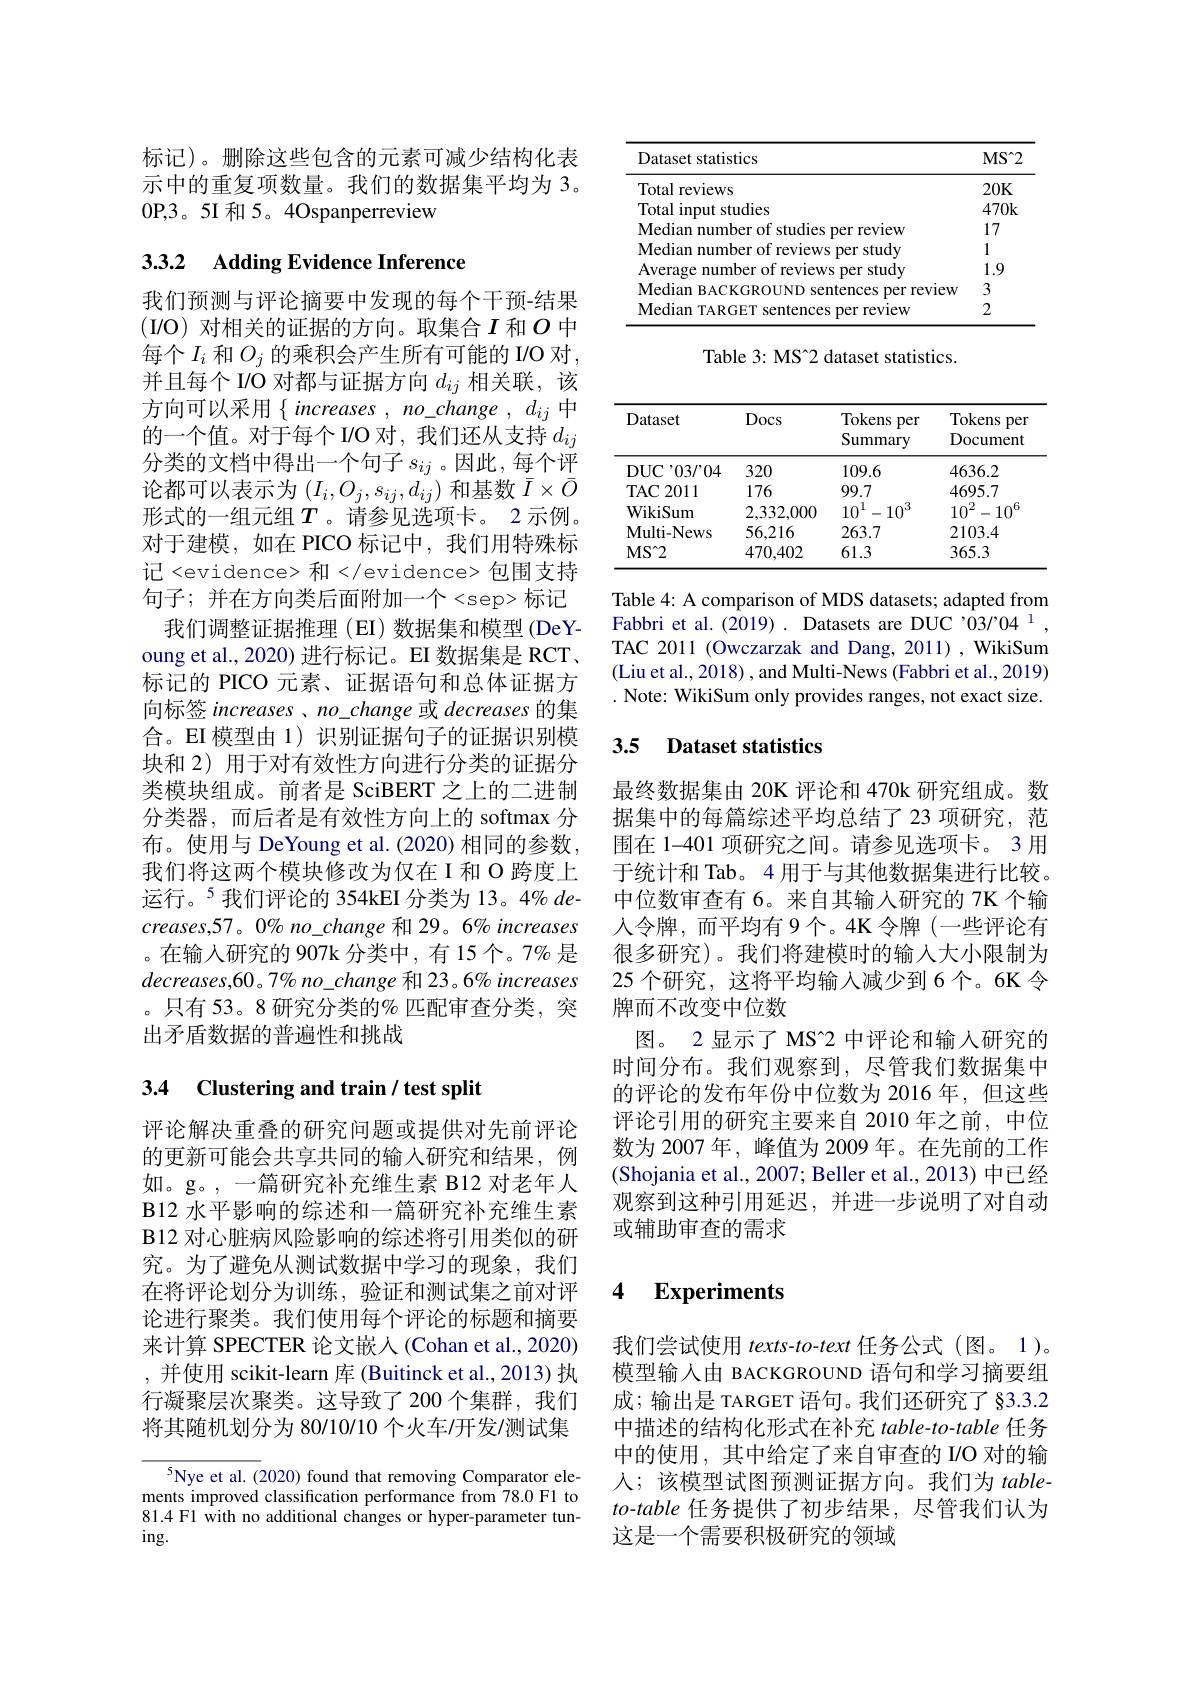
标记)。删除这些包含的元素可减少结构化表示中的重复项数量。我们的数据集平均为 3。0P,3。5I 和 5。4Ospanperreview

## 3.3.2 Adding Evidence Inference

我们预测与评论摘要中发现的每个干预-结果(I/O) 对相关的证据的方向。取集合$I$和$O$中每个$I_i$和$O_j$的乘积会产生所有可能的 I/O 对， 并且每个 IO 对都与证据方向$d_ij$相关联，该方向可以采用$\{increases,no\_change,d_{ij}$中的一个值。对于每个 I/O 对，我们还从支持$d_{ij}$ 分类的文档中得出一个句子$s_{ij}$ 。因此，每个评论都可以表示为$(I_i,O_j,s_{ij},d_{ij})$和基数$\bar{I}\times\bar{O}$ 形式的一组元组$T$。请参见选项卡。2 示例。对于建模，如在 PICO 标记中，我们用特殊标记<evidence> 和</evidence> 包围支持句子；并在方向类后面附加一个<sep>标记
我们调整证据推理 (EI) 数据集和模型 (DeYoung et al., 2020) 进行标记。EI 数据集是 RCT、 标记的 PICO 元素、证据语句和总体证据方向标签 increases 、 no\_change 或 decreases 的集合。EI 模型由 1)识别证据句子的证据识别模块和 2) 用于对有效性方向进行分类的证据分类模块组成。前者是 SciBERT 之上的二进制分类器，而后者是有效性方向上的 softmax 分布。使用与 DeYoung et al.(2020) 相同的参数， 我们将这两个模块修改为仅在 I 和 O 跨度上运行。$^{5}$我们评论的 354kEI 分类为 13。4% de- $creases,57。0\%$ no\_change 和 29。6% increases 。在输入研究的 907k 分类中，有 15个。7% 是decreases, 60。7% no\_change 和 23。6% increases 。只有 53。8 研究分类的% 匹配审查分类，突出矛盾数据的普遍性和挑战

## 3.4 Clustering and train / test split

评论解决重叠的研究问题或提供对先前评论的更新可能会共享共同的输入研究和结果，例如。g。,一篇研究补充维生素 B12 对老年人B12 水平影响的综述和一篇研究补充维生素$\textbf{B12 对 心 脏 病 风 险 影 响 的 综 述 将 引 用 类 似 的 研 }$ 究。为了避免从测试数据中学习的现象，我们在将评论划分为训练，验证和测试集之前对评论进行聚类。我们使用每个评论的标题和摘要来计算 SPECTER 论文嵌人 (Cohan et al.,2020) , 并使用 scikit-learn 库 (Buitinck et al., 2013) 执行凝聚层次聚类。这导致了 200 个集群，我们将其随机划分为 80/10/10 个火车/开发/测试集

$^{5}$Nye et al. (2020) found that removing Comparator elements improved classification performance from 78.0 F1 to 81.4 F1 with no additional changes or hyper-parameter tun- $ing.$

<table>
	<tbody>
		<tr>
			<th>Dataset statistics</th>
			<th>$MS^{\circ}2$</th>
		</tr>
		<tr>
			<td>Total reviews</td>
			<td>20K</td>
		</tr>
		<tr>
			<td>studies $\Gamma ot$ $a|$ mnit</td>
			<td>$470k$</td>
		</tr>
		<tr>
			<td>eview</td>
			<td>17</td>
		</tr>
		<tr>
			<td>studw</td>
			<td>1</td>
		</tr>
		<tr>
			<td>stindr</td>
			<td>1.9</td>
		</tr>
		<tr>
			<td>edian Der revlew</td>
			<td>3</td>
		</tr>
		<tr>
			<td>Median TARGET sentences per review</td>
			<td>2</td>
		</tr>
	</tbody>
</table>

Table 3: MS[INDEX]2 dataset statistics.

<table>
	<tbody>
		<tr>
			<th>Dataset</th>
			<th>Docs</th>
			<th>Tokens iper Summary</th>
			<th>Tokens Per Document</th>
		</tr>
		<tr>
			<td>DUC ${:}^{,}03/^{\prime}04$ 1</td>
			<td>320</td>
			<td>109.6</td>
			<td>4636.2</td>
		</tr>
		<tr>
			<td>$TAC$ 2011</td>
			<td>176</td>
			<td>99.7</td>
			<td>4695.7</td>
		</tr>
		<tr>
			<td>WikiSum</td>
			<td>2,332,000</td>
			<td>$10^{1}-10^{3}$</td>
			<td>$10^{2}-10^{6}$</td>
		</tr>
		<tr>
			<td>Multi- News</td>
			<td>56,216</td>
			<td>263.7</td>
			<td>2103.4</td>
		</tr>
		<tr>
			<td>$MS^2$</td>
			<td>470,402</td>
			<td>61.3</td>
			<td>365.3</td>
		</tr>
	</tbody>
</table>

Table 4: A comparison of MDS datasets; adapted from Fabbri et al.(2019). Datasets are DUC '03/04 1 , TAC 2011 (Owczarzak and Dang, 2011), WikiSum (Liu et al., 2018) , and Multi- News (Fabbri et al., 2019) . Note: WikiSum only provides ranges, not exact size.

## 3.5 Dataset statistics

最终数据集由 20K 评论和 470k 研究组成。数据集中的每篇综述平均总结了 23 项研究，范围在 1-401 项研究之间。请参见选项卡。3 用于统计和 Tab。4 用于与其他数据集进行比较。中位数审查有 6。来自其输入研究的 7K 个输人令牌，而平均有 9个。4K 令牌(一些评论有很多研究)。我们将建模时的输入大小限制为25 个研究，这将平均输入减少到 6 个。6K 令牌而不改变中位数
图。2 显示了 MS“2 中评论和输入研究的时间分布。我们观察到，尽管我们数据集中的评论的发布年份中位数为 2016 年，但这些评论引用的研究主要来自 2010 年之前，中位数为 2007 年，峰值为 2009 年。在先前的工作(Shojania et al., 2007; Beller et al., 2013) 中已经观察到这种引用延迟，并进一步说明了对自动或辅助审查的需求

### 4 $\textbf{Experiments}$

我们尝试使用 texts-to-text 任务公式(图。1)。模型输入由 BACKGROUND 语句和学习摘要组成；输出是 TARGET 语句。我们还研究了§3.3.2中描述的结构化形式在补充$table-to-table$任务中的使用，其中给定了来自审查的 I/O 对的输人；该模型试图预测证据方向。我们为 table- $to$-table 任务提供了初步结果，尽管我们认为这是一个需要积极研究的领域